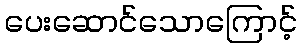
ပေးဆောင်သောကြောင့်